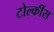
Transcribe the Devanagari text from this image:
टोल्कींस